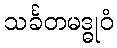
သင်္ခတမဒ္ဓုဝံ